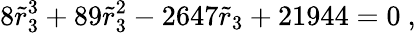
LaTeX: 8{\tilde{r}}_{3}^{3}+89{\tilde{r}}_{3}^{2}-2647{\tilde{r}}_{3}+21944=0\ ,